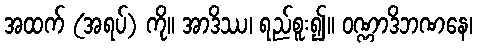
အထက် (အရပ်) ကို။ အာဒိဿ၊ ရည်စူး၍။ ဝဏ္ဏာဒိဘဏနေ၊